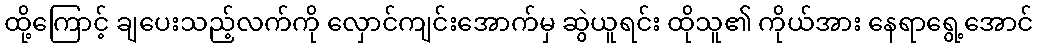
ထို့ကြောင့် ချပေးသည့်လက်ကို လှောင်ကျင်းအောက်မှ ဆွဲယူရင်း ထိုသူ၏ ကိုယ်အား နေရာရွေ့အောင်